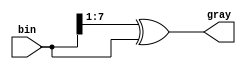


module bin2gray
  #(parameter WIDTH=8)
    (input [WIDTH-1:0] bin,
     output [WIDTH-1:0] gray);

   assign 		gray = (bin >> 1) ^ bin;
   
endmodule // bin2gray